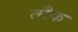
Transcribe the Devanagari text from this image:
तौक